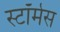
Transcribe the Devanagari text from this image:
स्टॉर्मस